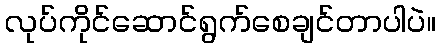
လုပ်ကိုင်ဆောင်ရွက်စေချင်တာပါပဲ။